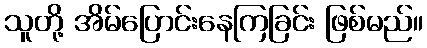
သူတို့ အိမ်ပြောင်းနေကြခြင်း ဖြစ်မည်။